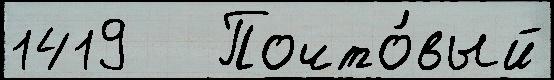
1419   Почто́вый